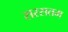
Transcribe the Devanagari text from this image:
सरसतम